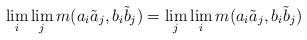
LaTeX: \begin{align*} \lim_i \lim_j m(a_i \tilde{a}_j, b_i \tilde{b}_j) = \lim_j \lim_i m(a_i \tilde{a}_j, b_i \tilde{b}_j) \end{align*}